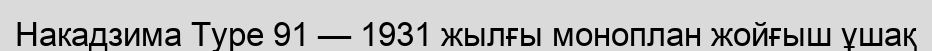
Накадзима Type 91 — 1931 жылғы моноплан жойғыш ұшақ